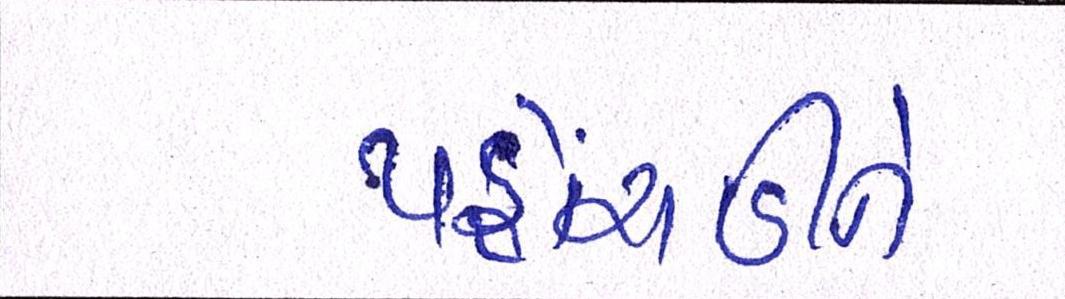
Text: પહોંચાડીને